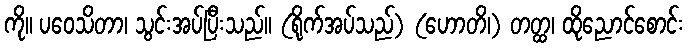
ကို။ ပဝေသိတာ၊ သွင်းအပ်ပြီးသည်။ (ရိုက်အပ်သည်) (ဟောတိ၊) တတ္ထ၊ ထိုညောင်စောင်း